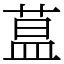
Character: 蒀